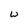
Character: W